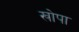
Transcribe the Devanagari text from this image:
खोपा